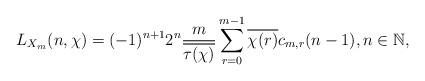
LaTeX: \begin{align*} L_{X_m}(n,\chi) = (-1)^{n+1} 2^{n} \frac{m}{ \overline{\tau(\chi)}} \sum_{r=0}^{m-1} \overline{\chi(r)} c_{m,r}(n-1), n\in\mathbb{N}, \end{align*}